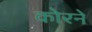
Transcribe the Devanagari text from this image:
कोरने